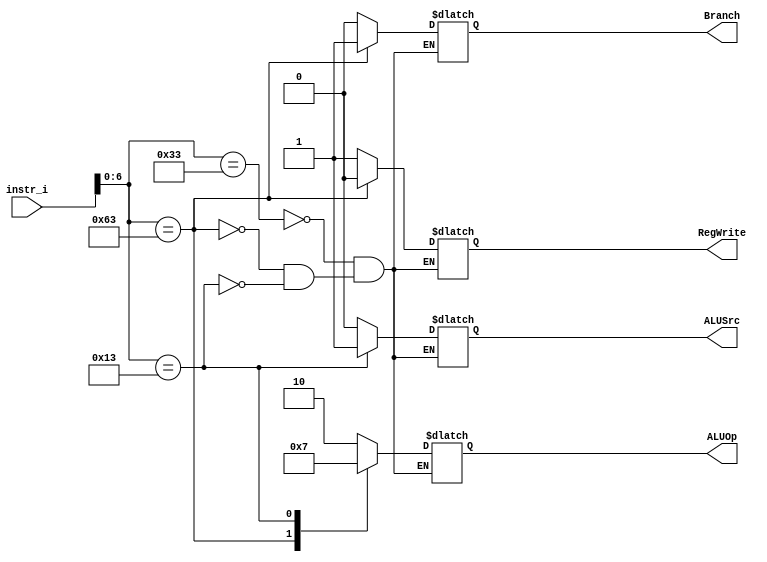
/***************************************************
Student Name: 
Student ID: 0712245
***************************************************/

`timescale 1ns/1ps

module Decoder(
	input  [32-1:0] instr_i,
	output 		ALUSrc,
	output 		RegWrite,
	output 		Branch,
	output [2-1:0]	ALUOp
	);
	

reg            ALUSrc_o;
reg            RegWrite_o;
reg            Branch_o;
reg    [2-1:0] ALU_OP;

always@ * 
	begin
	case(instr_i[7-1:0]) 
		/* R-format */
		7'b0110011:
			begin
				ALUSrc_o <= 0; 
				RegWrite_o <= 1; 
				Branch_o <= 0; 
				ALU_OP <= 2'b10;
			end
		/* SB-type */
		7'b1100011:
			begin
				ALUSrc_o <= 0; 
				RegWrite_o <= 0; 
				Branch_o <= 1; 
				ALU_OP <= 2'b01;
			end
		/* I-type */
		7'b0010011:
			begin
				ALUSrc_o <= 1; 
				RegWrite_o <= 1; 
				Branch_o <= 0; 
				ALU_OP <= 2'b11;
			end
	endcase
end

assign ALUSrc = ALUSrc_o;
assign RegWrite = RegWrite_o;
assign Branch = Branch_o;
assign ALUOp = ALU_OP;

endmodule